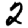
Digit: 2